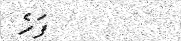
ފަހެ